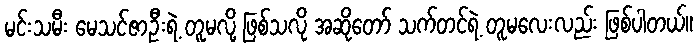
မင်းသမီး မေသင်ဇာဦးရဲ့ တူမလို့ ဖြစ်သလို အဆိုတော် သက်တင်ရဲ့ တူမလေးလည်း ဖြစ်ပါတယ်။